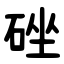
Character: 䂳